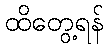
ထိတွေ့ရန်